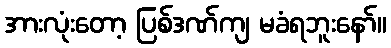
အားလုံးတော့ ပြစ်ဒဏ်ကျ မခံရဘူးနော်။